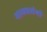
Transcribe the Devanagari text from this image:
याचप्रसंगी